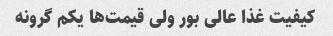
کیفیت غذا عالی بور ولی قیمت‌ها یکم گرونه